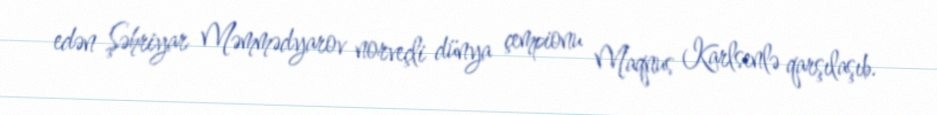
edən Şəhriyar Məmmədyarov norveçli dünya çempionu Maqnus Karlsenlə qarşılaşıb.